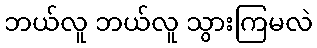
ဘယ်လူ ဘယ်လူ သွားကြမလဲ